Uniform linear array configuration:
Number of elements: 16
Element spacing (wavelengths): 0.75
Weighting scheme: hann
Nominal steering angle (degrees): -60
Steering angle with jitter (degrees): -60.154
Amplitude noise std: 0.05
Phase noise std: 0.05

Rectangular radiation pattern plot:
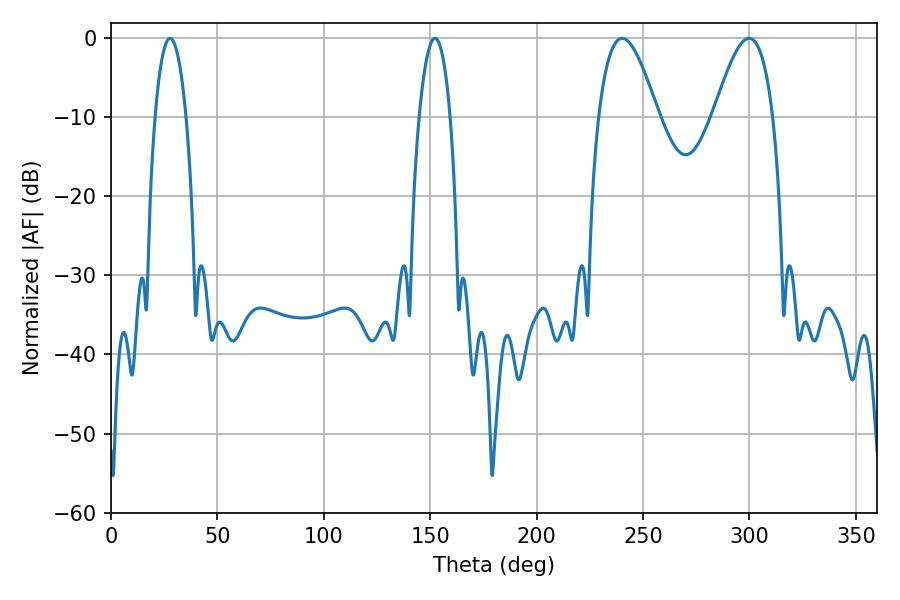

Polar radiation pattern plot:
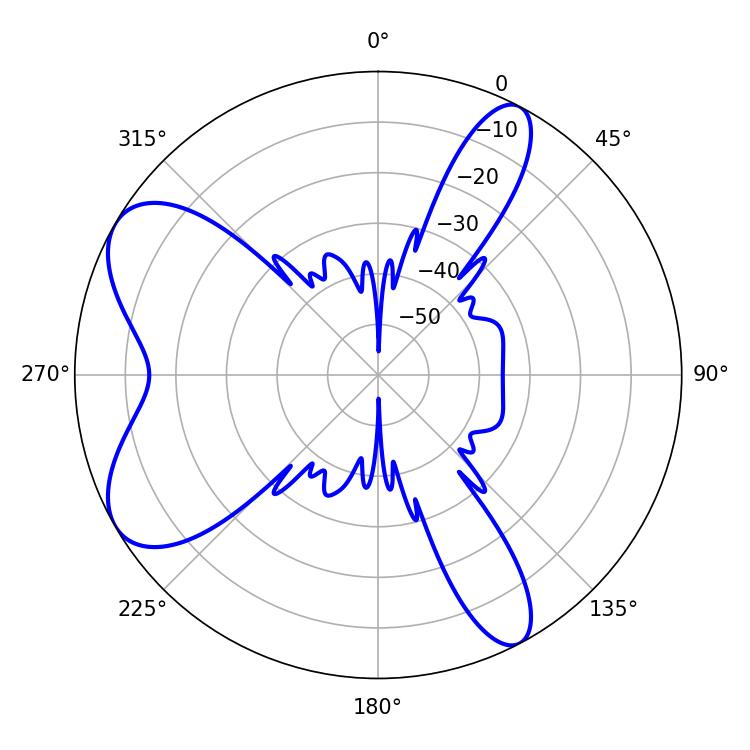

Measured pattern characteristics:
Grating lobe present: TRUE
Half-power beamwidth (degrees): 14.94
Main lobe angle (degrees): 240.12